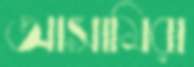
আসামিরা